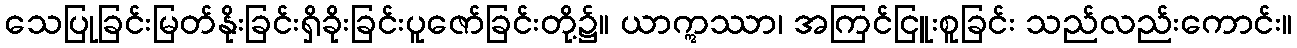
သေပြုခြင်းမြတ်နိုးခြင်းရှိခိုးခြင်းပူဇော်ခြင်းတို့၌။ ယာဣဿာ၊ အကြင်ငြူးစူခြင်း သည်လည်းကောင်း။